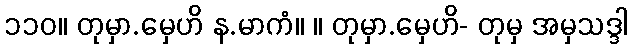
၁၁၀။ တုမှာ.မှေဟိ န.မာကံ။ ။ တုမှာ.မှေဟိ- တုမှ အမှသဒ္ဒါ